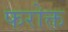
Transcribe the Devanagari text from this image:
फरोक्त